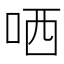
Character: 哂